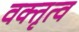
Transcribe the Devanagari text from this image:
वक्‍तृत्व